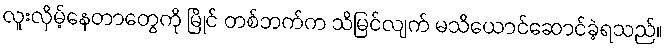
လူးလှိမ့်နေတာတွေကို မြိုင် တစ်ဘက်က သိမြင်လျက် မသိယောင်ဆောင်ခဲ့ရသည်။